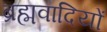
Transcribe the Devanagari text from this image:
ब्रह्मवादियों